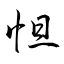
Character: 怛